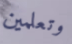
وتعلمين